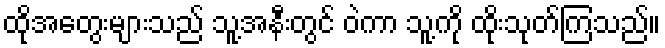
ထိုအတွေးများသည် သူ့အနီးတွင် ဝဲကာ သူ့ကို ထိုးသုတ်ကြသည်။